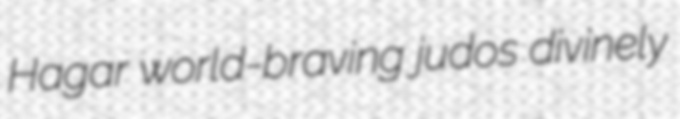
Hagar world-braving judos divinely